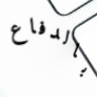
بالدفاع